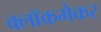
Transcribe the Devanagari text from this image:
क्लॉकमेकर